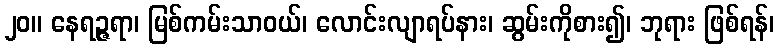
၂၀။ နေရဉ္ဇရာ၊ မြစ်ကမ်းသာဝယ်၊ လောင်းလျာရပ်နား၊ ဆွမ်းကိုစား၍၊ ဘုရား ဖြစ်ရန်၊